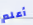
أعلم